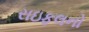
રાઇફલનો